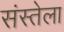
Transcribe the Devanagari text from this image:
संस्तेला